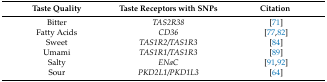
| Taste Quality | Taste Receptors with SNPs | Citation |
 | --- | --- | --- |
 | Bitter | TAS2R38 | [71] |
 | Fatty Acids | CD36 | [77,82] |
 | Sweet | TAS1R2/TAS1R3 | [84] |
 | Umami | TAS1R1/TAS1R3 | [89] |
 | Salty | ENaC | [91,92] |
 | Sour | PKD2L1/PKD1L3 | [64] |